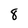
Character: 8